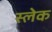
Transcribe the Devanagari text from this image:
स्लेक